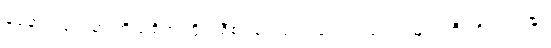
ခုနောက်ပိုင်းမှာ ကိုယ့်စိတ်ကြိုက်စီစဉ်ပေးမယ့် တွေလည်း အများကြီး ရှိလာပါပြီ။